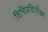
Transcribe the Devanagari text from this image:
विचित्रविर्याच्या